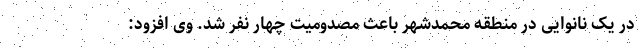
در یک نانوایی در منطقه محمدشهر باعث مصدومیت چهار نفر شد. وی افزود: